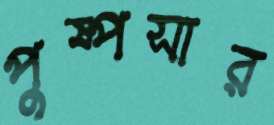
পুষ্পসার